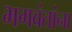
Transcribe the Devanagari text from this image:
भगवंतांना